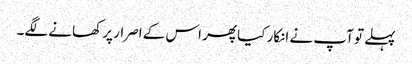
پہلے تو آپ نے انکار کیا پھر اس کے اصرار پر کھانے لگے۔